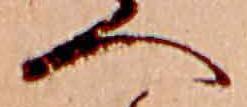
へ